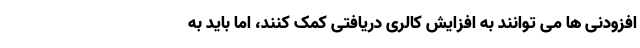
افزودنی ها می توانند به افزایش کالری دریافتی کمک کنند، اما باید به